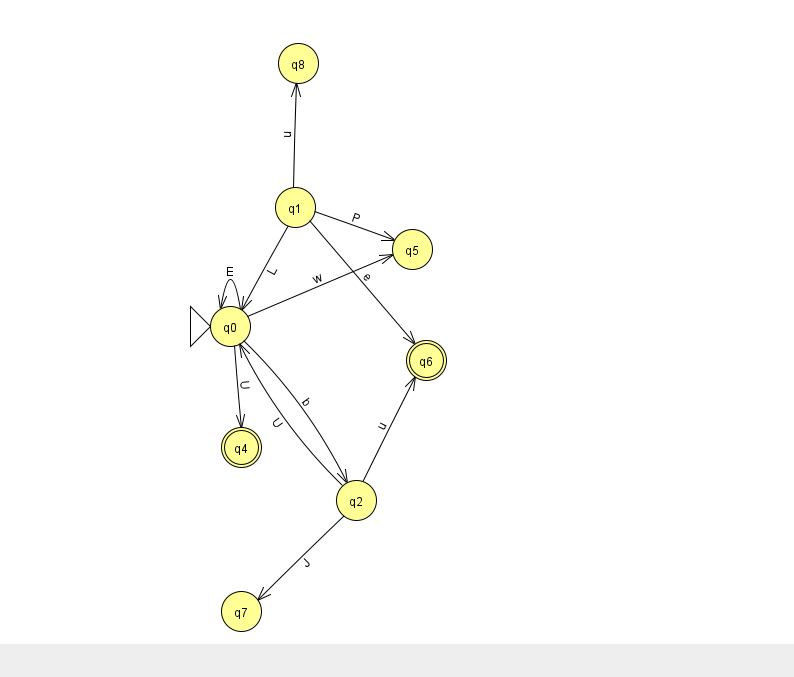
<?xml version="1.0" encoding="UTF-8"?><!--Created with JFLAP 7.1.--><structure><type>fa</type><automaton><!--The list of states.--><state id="0" name="q0"><x>230.0</x><y>313.0</y><initial/></state><state id="1" name="q1"><x>295.0</x><y>194.0</y></state><state id="2" name="q2"><x>356.0</x><y>487.0</y></state><state id="4" name="q4"><x>241.0</x><y>434.0</y><final/></state><state id="5" name="q5"><x>412.0</x><y>236.0</y></state><state id="6" name="q6"><x>426.0</x><y>347.0</y><final/></state><state id="7" name="q7"><x>241.0</x><y>598.0</y></state><state id="8" name="q8"><x>298.0</x><y>50.0</y></state><!--The list of transitions.--><transition><from>0</from><to>2</to><read>b</read></transition><transition><from>0</from><to>4</to><read>U</read></transition><transition><from>1</from><to>8</to><read>u</read></transition><transition><from>2</from><to>6</to><read>u</read></transition><transition><from>1</from><to>5</to><read>P</read></transition><transition><from>2</from><to>7</to><read>J</read></transition><transition><from>0</from><to>0</to><read>E</read></transition><transition><from>0</from><to>5</to><read>w</read></transition><transition><from>1</from><to>6</to><read>e</read></transition><transition><from>2</from><to>0</to><read>U</read></transition><transition><from>1</from><to>0</to><read>L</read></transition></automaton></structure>